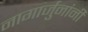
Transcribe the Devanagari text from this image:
नागार्जुनांनी